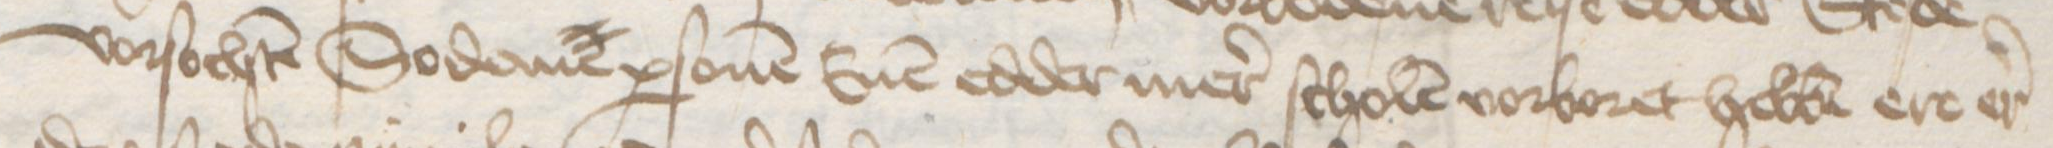
vorsochten Sodane personen Enen edder mer scholten vorboret hebben ere er